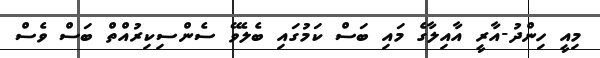
މިއީ ހިންދު-އާރީ އާއިލާގެ މައި ބަސް ކަމުގައި ބެލެވޭ ސެންސިކިރުއްތް ބަސް ވެސް